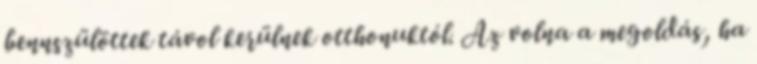
bennszülöttek távol kerülnek otthonuktól. Az volna a megoldás, ha